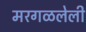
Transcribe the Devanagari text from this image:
मरगळलेली